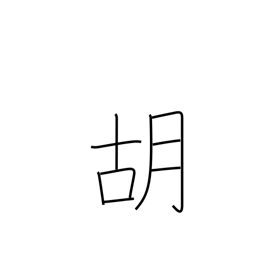
Meaning: foreign